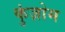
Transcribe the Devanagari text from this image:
कुंज़ोम